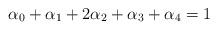
LaTeX: \begin{align*}\alpha_0+\alpha_1+2\alpha_2+\alpha_3+\alpha_4=1\end{align*}